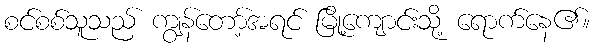
စင်စစ်သူသည် ကျွန်တော့်အရင် မြို့ကျောင်းသို့ ရောက်နေ၏။